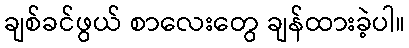
ချစ်ခင်ဖွယ် စာလေးတွေ ချန်ထားခဲ့ပါ။